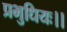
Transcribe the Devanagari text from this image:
प्रभुधियः।।